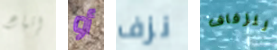
إتباع أو نزف للزفاف